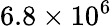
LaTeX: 6.8\times 10^{6}